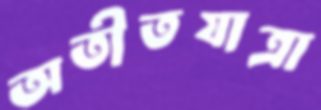
অতীতযাত্রা